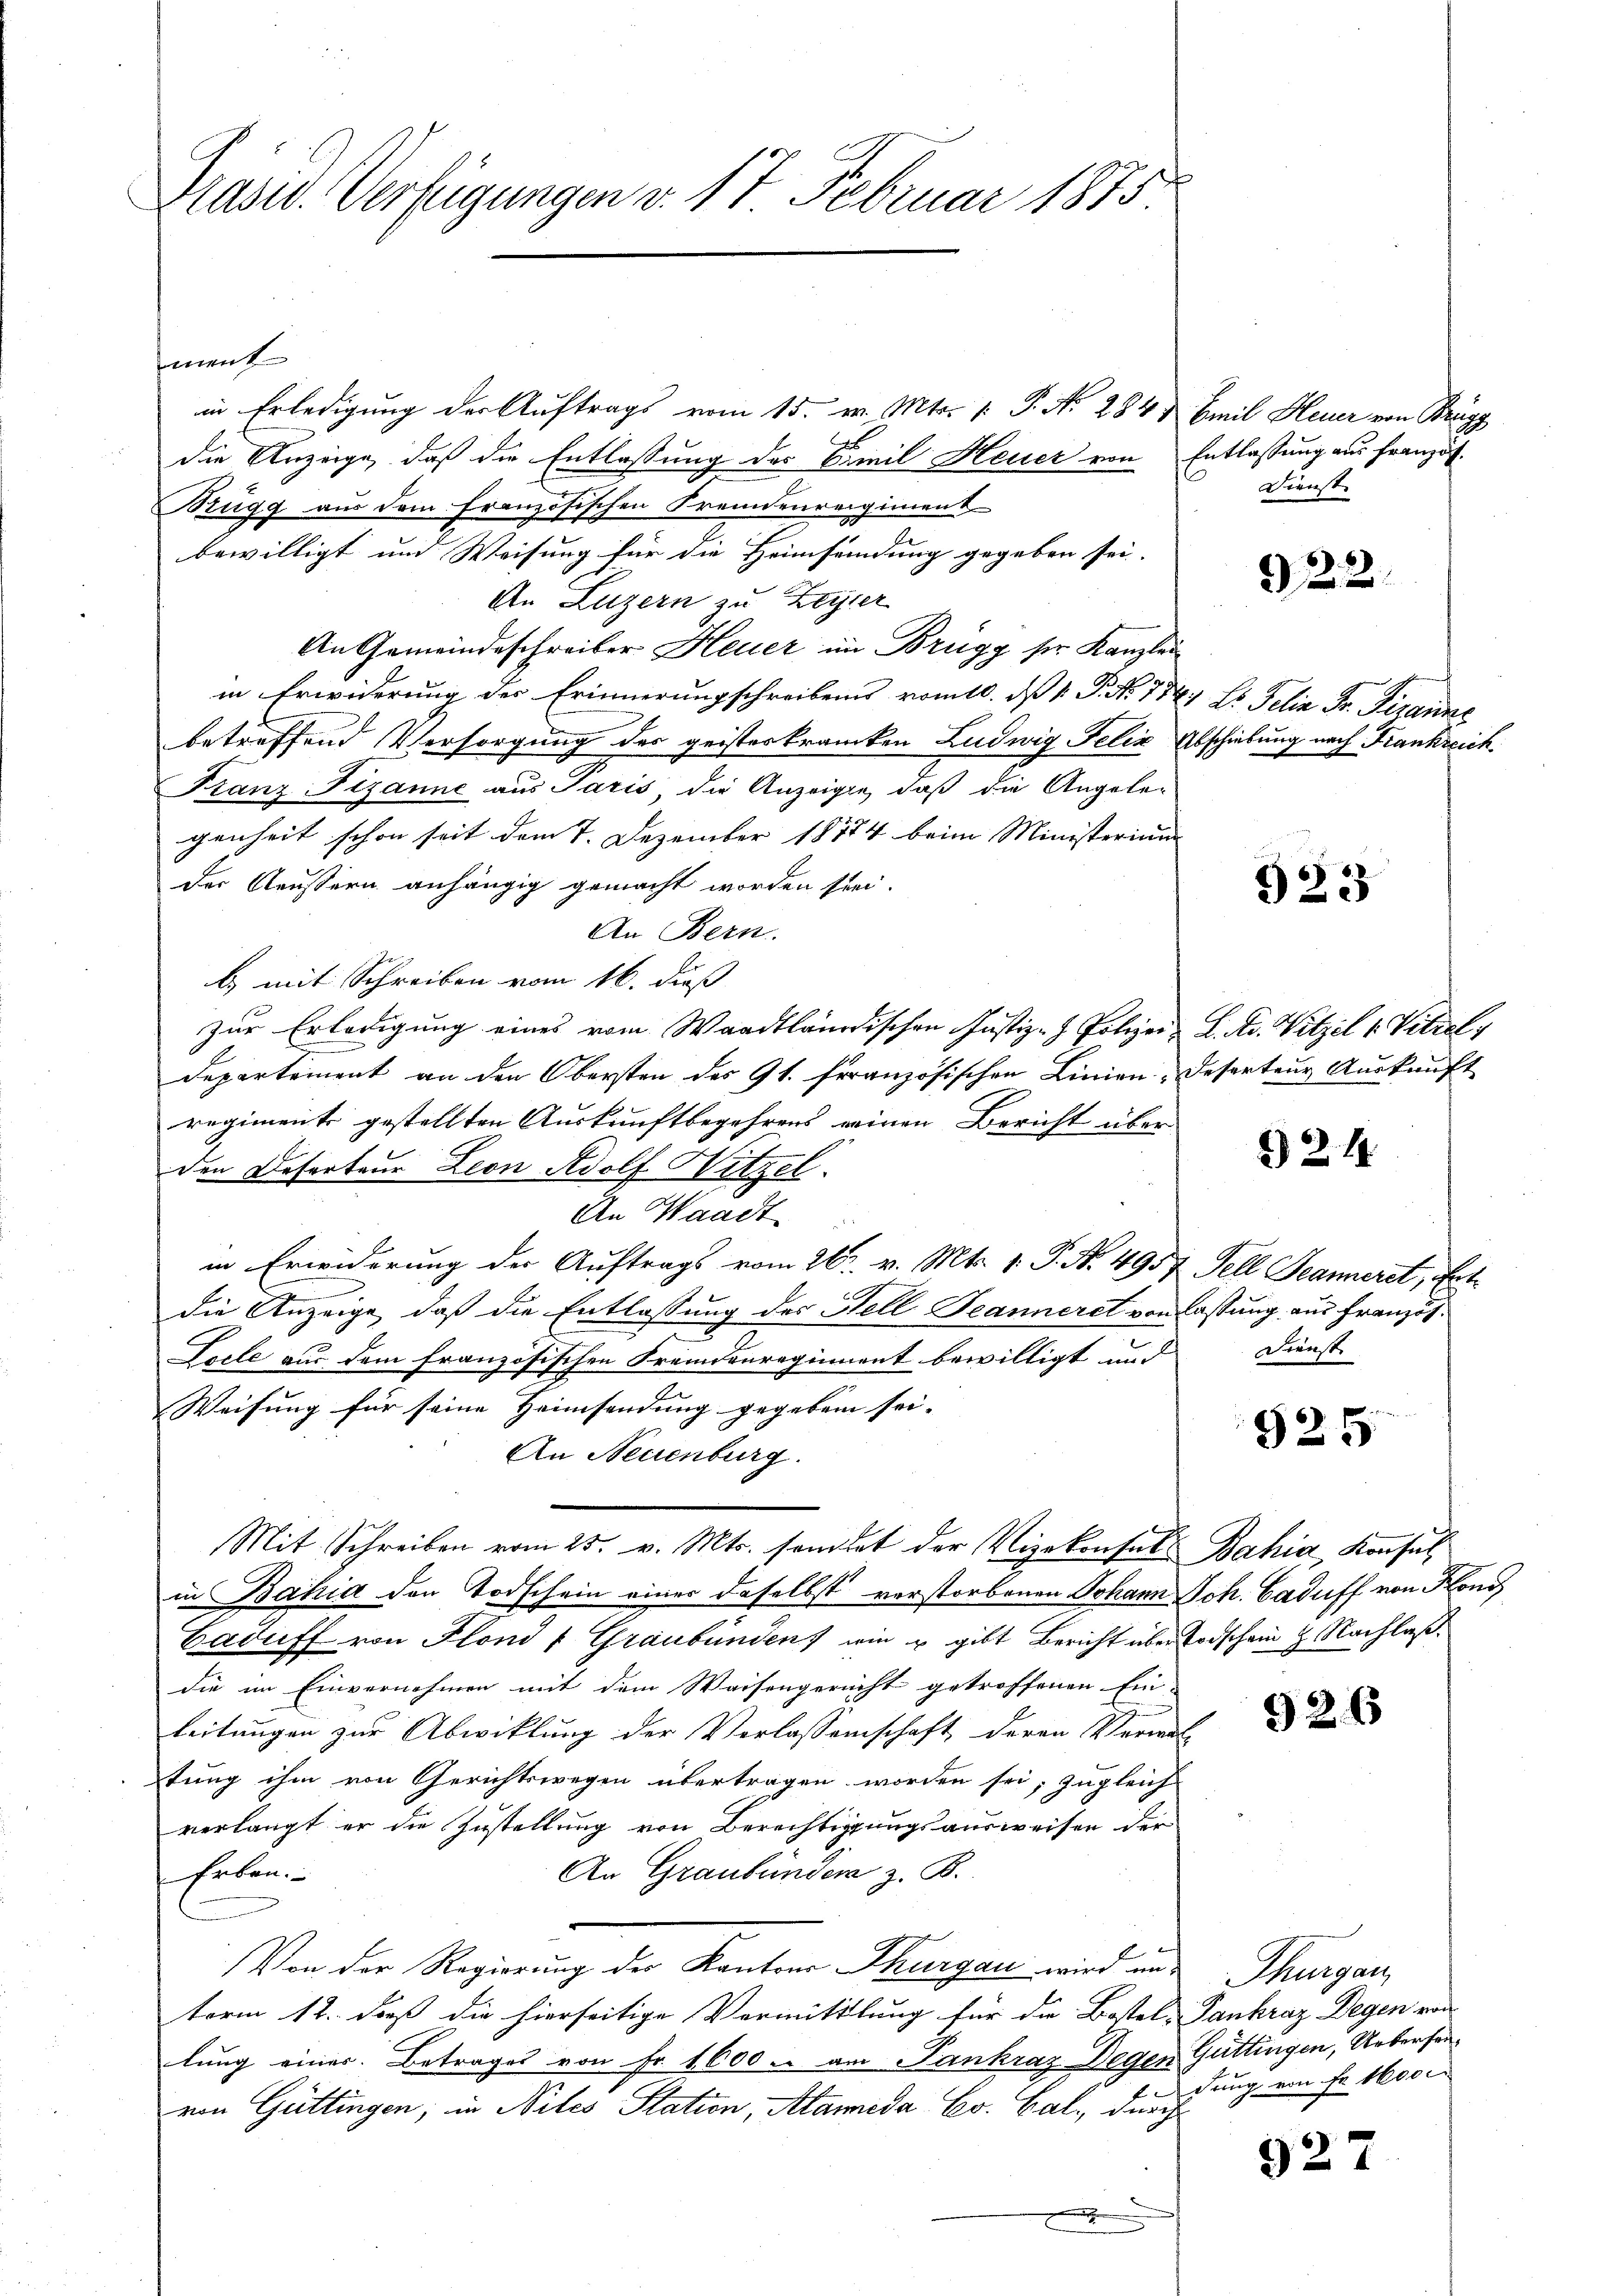
Präsid. Verfügungen v. 17 Februar 1875

ment
in Erledigung der Auftrags vom 15. v. Mts. [ P. Nr. 284 & Emil Heuer von Brugg
die Anzeige, daß die Entlassung des Famil Heuer von Entlassung aus Französ
Rügg aus dem französischen Fremdenreigiment
bewilligt um Weisung für die Heimsendung gegeben sei.
An Luzern zu Leyser
An Gemeindeschreiber Heuer im Brügg sr. Kanzlei
in Erwiderung der Erinnerungschreibens vom 10. ds 1. P. Nr. 1747 Hs. Felix Fr. Veranne
betreffend Versorgung des geisteskranken Ludwig Felix Abschiebung nach Frankreich
Franz Fizanne aus Paris die Anzeigte, daß die Angele-
genheit schon seit dem 7. Dezember 18774 beim Ministerium
der Aeussern anhängig gemacht worden sei.
An Bern.
b) mit Schreiben vom 16. dieß
zur Erledigung eines vom Waadtländischen Justiz- & Polizei- L. Av. Vitzel v. Vitzel
Departement an den Obersten des 9t. französischen Linien-Reserteur Auskunft
regiment gestellten Auskunftbegehrens einen Bericht über
den Deserteur Leon Adolf Witzel.
An Waadt
in Erwiderung der Auftrags vom 20. v. Mts. v. P. Nr. 4957 Fell Seanneret, Entdie Anzeige, daß die Entlassung des Hell Jeanneret von lassung aus Französ
Locle aus dem französischen Fremdenregiment bewilligt und
Weisung für seine Heimsendung gegeben sei. |
An Neuenburg.
Mit Schreiben vom 25. v. Mts. sandtet der Vizekonsuls Bahia Konsul
in Bahia den Todschein einer daselbst verstorbenen Johann Joh. Caduff von Hono
Baduff von Fond / Graubünden wie u gibt Bericht über Todschein 2. Nachlaßdie im Einvernehmen mit dem Waisengericht getroffenen Ein-
leitungen zur Abwicklung der Verlassenschaft, deren Verwal-
tung ihm von Gerichtswegen übertragen worden sei, zugleich
verlangt er die Zustellung von Berechtigungsausweisen der
An Graubünder z. B.
Erben.
f
Von der Regierung des Kantons Thurgau wird in Thurgau
term 12. daß die hierseitige Vermittlung für die Bestel-Lankraz Degen von
lung einer Betrages von Fr. 1600 u. am Sankraz Degen Gattingen, Uebersenvon Güttingen; in Nites Station, Alameda Co. Cal, durch
g

Dienst

322.

523

§ 214.

Dienst

925

926

dung von Fr. 1600

927